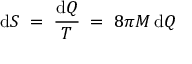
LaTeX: \mathrm { d } S \; = \; { \frac { \mathrm { d } Q } { T } } \; = \; 8 \pi M \, \mathrm { d } Q